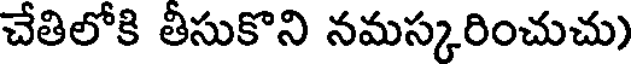
చేతిలోకి తీసుకొని నమస్కరించుచు)